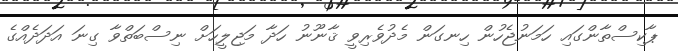
ޕާކިސްތާންގައި ހަމަނުޖެހުން ހިނގަން މެދުވެރިވީ ޤާނޫނު ހަދާ މަޖިލީހަށް ނިސްބަތްވާ ގިނަ އަދަދެއްގެ